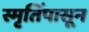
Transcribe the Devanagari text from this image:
स्मृतिंपासून